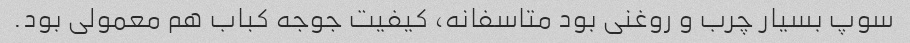
سوپ بسیار چرب و روغنی بود متاسفانه، کیفیت جوجه کباب هم معمولی بود.